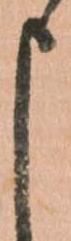
申